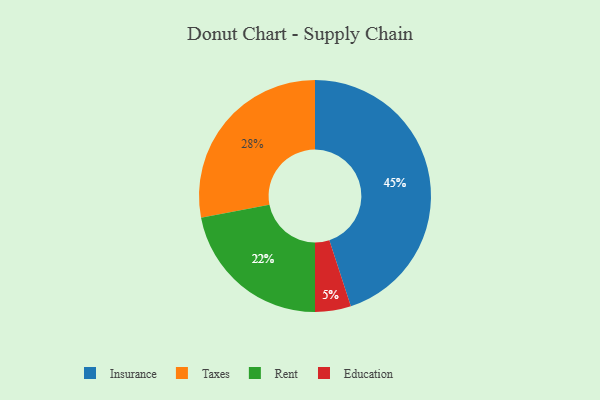
{"axis": {"x": "Category", "y": "Percentage"}, "legend": ["Education", "Insurance", "Rent", "Taxes"], "data": [{"x": "Education", "y": 5, "type": "Education"}, {"x": "Insurance", "y": 45, "type": "Insurance"}, {"x": "Rent", "y": 22, "type": "Rent"}, {"x": "Taxes", "y": 28, "type": "Taxes"}]}